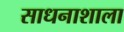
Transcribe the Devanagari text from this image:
साधनाशाला